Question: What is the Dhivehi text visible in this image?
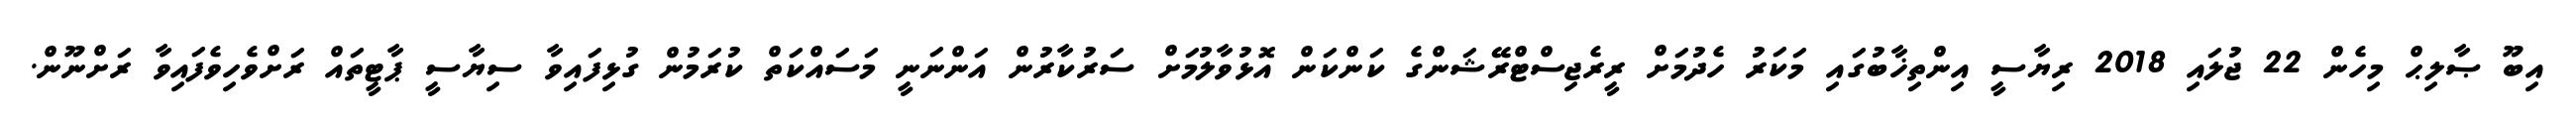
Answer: އިބޫ ޞާލިޙް މިހެން 22 ޖުލައި 2018 ރިޔާސީ އިންތިޚާބުގައި މަކަރު ހެދުމަށް ރީރެޖިސްޓްރޭޝަންގެ ކަންކަން އޮޅުވާލުމަށް ސަރުކާރުން އަންނަނީ މަސައްކަތް ކުރަމުން ގުޅިފައިވާ ސިޔާސީ ޕާޓީތައް ރަށްވެހިވެފައިވާ ރަށްނޫން.